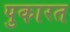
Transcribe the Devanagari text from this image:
पुकारत